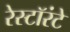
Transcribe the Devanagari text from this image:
रेस्टॉरंटे